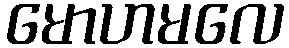
မောဟမလေ